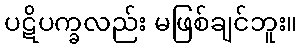
ပဋိပက္ခလည်း မဖြစ်ချင်ဘူး။